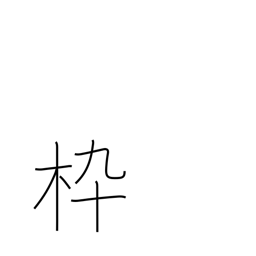
Meaning: frame